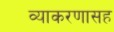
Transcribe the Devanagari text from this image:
व्याकरणासह